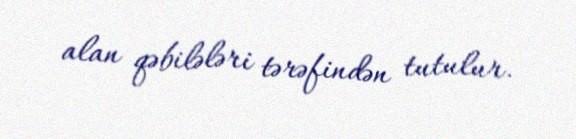
alan qəbilələri tərəfindən tutulur.